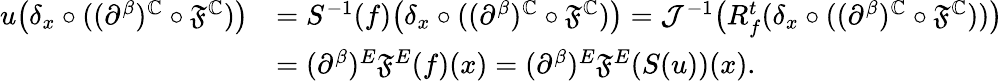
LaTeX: \begin{array}{rl}{u\bigl(\delta_{x}\circ((\partial^{\beta})^{\mathbb{C}}\circ\mathfrak{F}^{\mathbb{C}})\bigr)}&{=S^{-1}(f)\bigl(\delta_{x}\circ((\partial^{\beta})^{\mathbb{C}}\circ\mathfrak{F}^{\mathbb{C}})\bigr)=\mathcal{J}^{-1}\bigl(R_{f}^{t}(\delta_{x}\circ((\partial^{\beta})^{\mathbb{C}}\circ\mathfrak{F}^{\mathbb{C}}))\bigr)}\\ &{=(\partial^{\beta})^{E}\mathfrak{F}^{E}(f)(x)=(\partial^{\beta})^{E}\mathfrak{F}^{E}(S(u))(x).}\end{array}